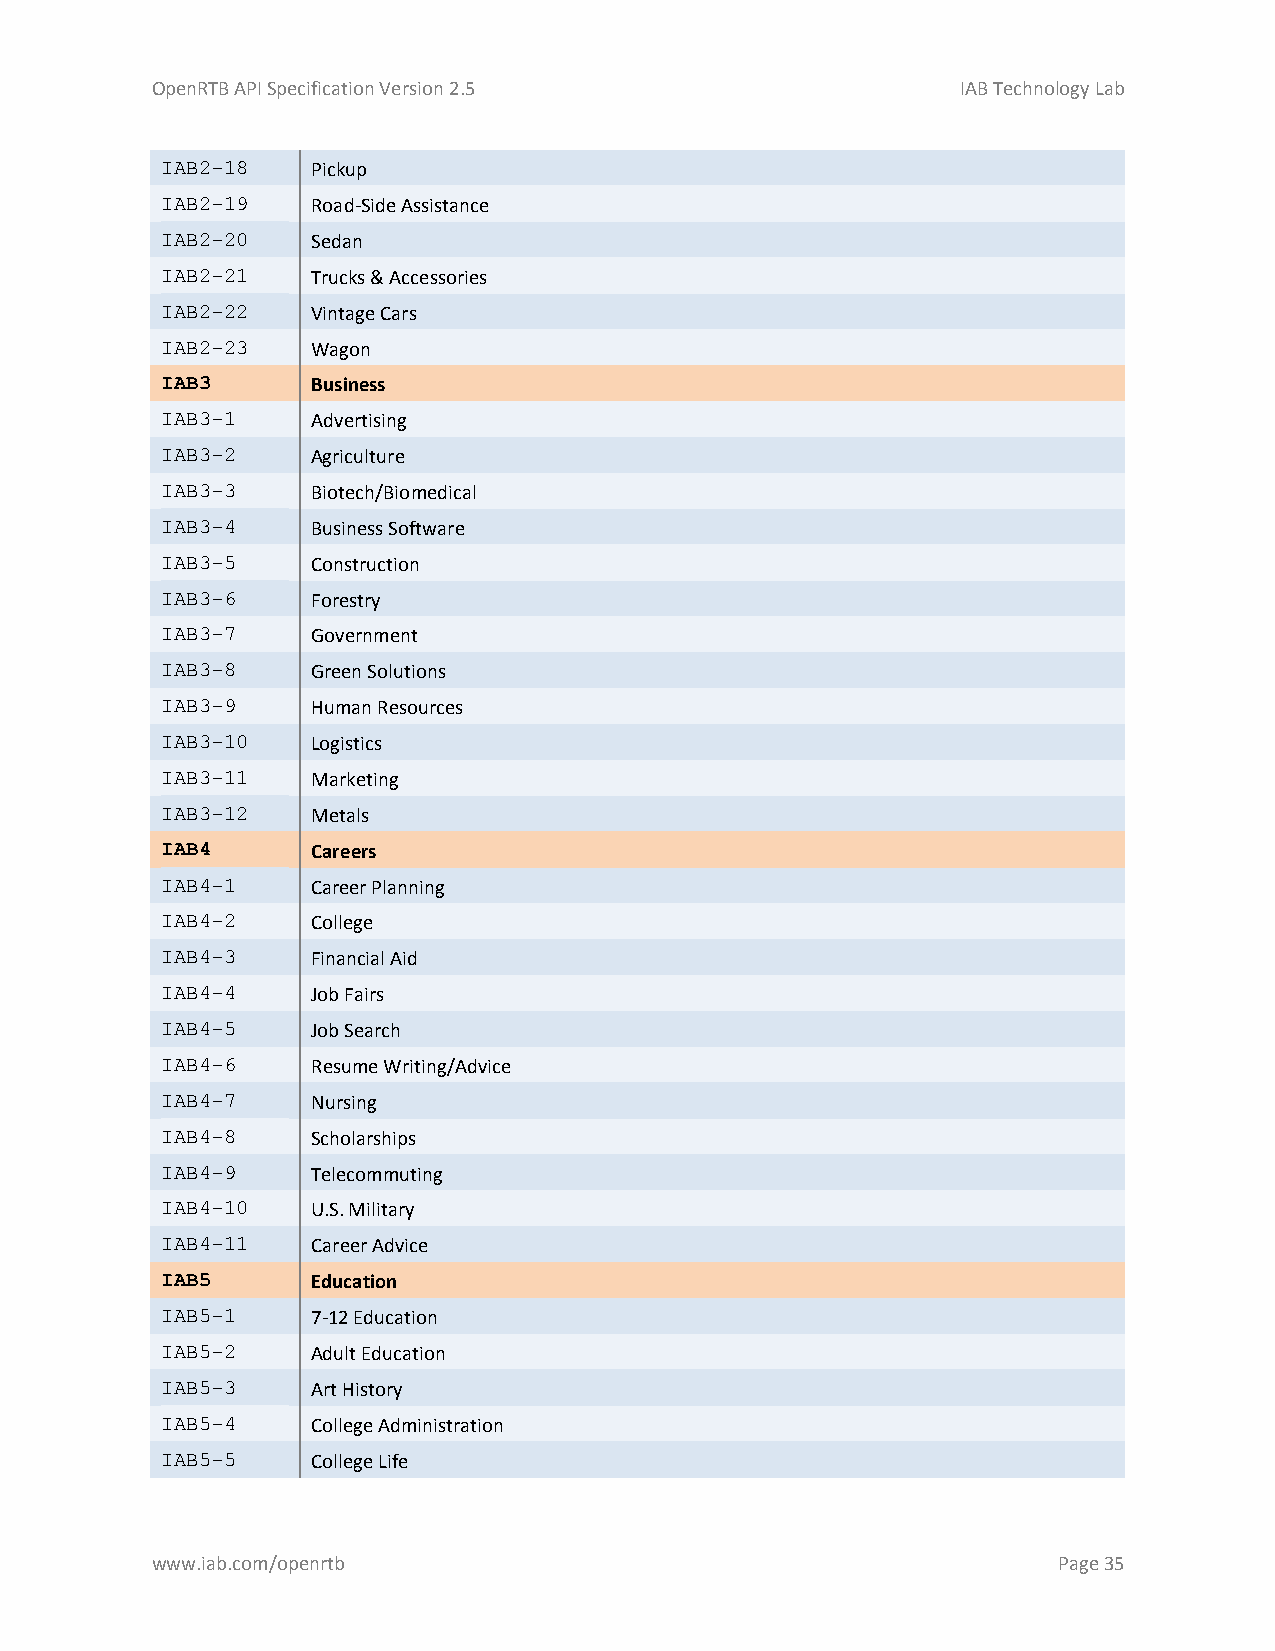
OpenRTB API Specification Version 2.5                 IAB Technology Lab
 IAB2-18   Pickup
 IAB2-19   Road-Side Assistance
 IAB2-20   Sedan
 IAB2-21   Trucks & Accessories
 IAB2-22   Vintage Cars
 IAB2-23   Wagon
 IAB3      Business
 IAB3-1    Advertising
 IAB3-2    Agriculture
 IAB3-3    Biotech/Biomedical
 IAB3-4    Business Software
 IAB3-5    Construction
 IAB3-6    Forestry
 IAB3-7    Government
 IAB3-8    Green Solutions
 IAB3-9    Human Resources
 IAB3-10   Logistics
 IAB3-11   Marketing
 IAB3-12   Metals
 IAB4      Careers
 IAB4-1    Career Planning
 IAB4-2    College
 IAB4-3    Financial Aid
 IAB4-4    Job Fairs
 IAB4-5    Job Search
 IAB4-6    Resume Writing/Advice
 IAB4-7    Nursing
 IAB4-8    Scholarships
 IAB4-9    Telecommuting
 IAB4-10   U.S. Military
 IAB4-11   Career Advice
 IAB5      Education
 IAB5-1    7-12 Education
 IAB5-2    Adult Education
 IAB5-3    Art History
 IAB5-4    College Administration
 IAB5-5    College Life
 www.iab.com/openrtb                                         Page 35